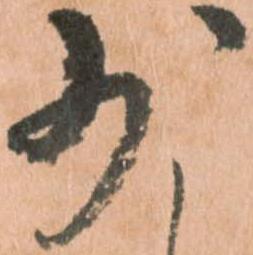
少